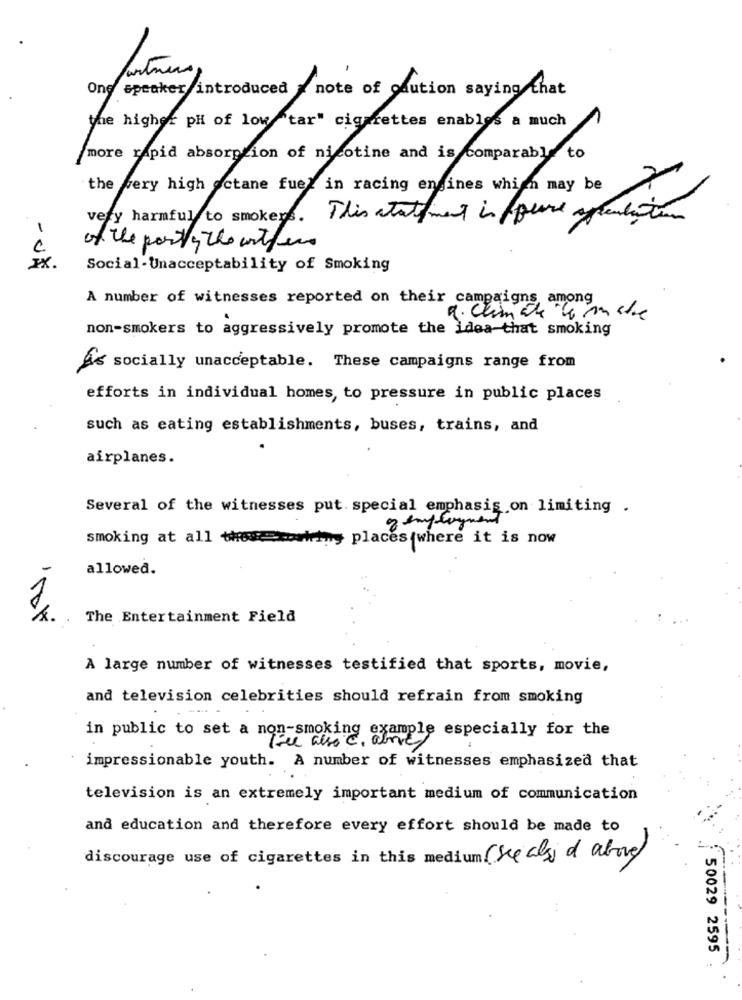
One speaker introduced
note of caution saying that
the higher pH of low "tar" cigarettes enables a much
more rapid absorption of nicotine and is comparable to
the very high octane fuel in racing engines which may be
very harmful to smokers.
This statement is flere afrenta tun
of the party the wither
- JA
Social-Unacceptability of Smoking
A number of witnesses reported on their campaigns, among
non-smokers to aggressively promote the idea-that smoking
socially unacceptable. These campaigns range from
efforts in individual homes, to pressure in public places
such as eating establishments, buses, trains, and
airplanes.
Several of the witnesses put. special emphasis on limiting .
of employment
smoking at all those xowhiny places where it is now
allowed.
The Entertainment Field
A large number of witnesses testified that sports, movie,
and television celebrities should refrain from smoking
in public to set a non-smoking example especially for the
impressionable youth. A number of witnesses emphasized that
television is an extremely important medium of communication
and education and therefore every effort should be made to
discourage use of cigarettes in this medium (se als & above
50029 2595
-----